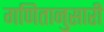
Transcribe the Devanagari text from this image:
गणितानुसारी